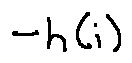
- h ( i )